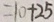
= 1 0 + 2 5